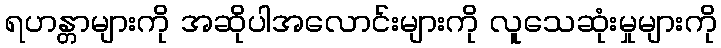
ရဟန္တာများကို အဆိုပါအလောင်းများကို လူသေဆုံးမှုများကို